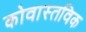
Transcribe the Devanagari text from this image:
कोवास्तविक